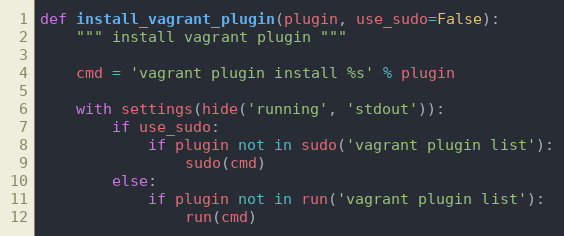
Language: Python
def install_vagrant_plugin(plugin, use_sudo=False):
    """ install vagrant plugin """

    cmd = 'vagrant plugin install %s' % plugin

    with settings(hide('running', 'stdout')):
        if use_sudo:
            if plugin not in sudo('vagrant plugin list'):
                sudo(cmd)
        else:
            if plugin not in run('vagrant plugin list'):
                run(cmd)